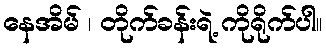
နေအိမ် ၊ တိုက်ခန်းရဲ့ ကိုရိုက်ပါ။